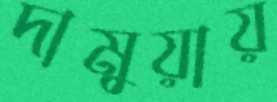
দামুয়ায়